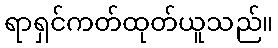
ရာရှင်ကတ်ထုတ်ယူသည်။